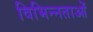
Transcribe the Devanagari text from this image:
विभिन्‍नताओं